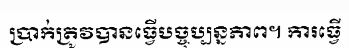
ប្រាក់ត្រូវបានធ្វើបច្ចុប្បន្នភាព។ ការធ្វើ